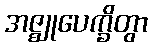
အဇ္ဈုပေက္ခိတွာ